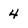
Character: 4